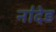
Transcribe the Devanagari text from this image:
ना॑देड